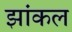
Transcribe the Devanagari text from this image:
झांकल